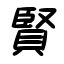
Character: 賢